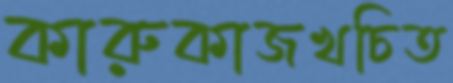
কারুকাজখচিত